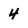
Character: 4